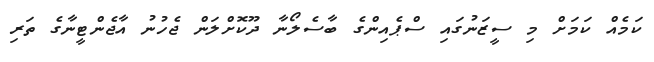
ކަމެއް ކަމަށް މި ސީޒަނުގައި ސްޕެއިންގެ ބާސެލޯނާ ދޫކޮށްލަން ޖެހުނު އާޖެންޓީނާގެ ތަރި